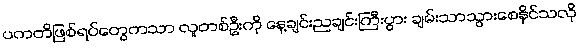
ပကတိဖြစ်ရပ်တွေကသာ လူတစ်ဦးကို နေ့ချင်းညချင်းကြီးပွား ချမ်းသာသွားစေနိုင်သလို